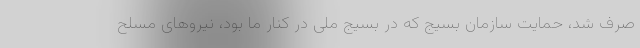
صرف شد، حمایت سازمان بسیج که در بسیج ملی در کنار ما بود، نیروهای مسلح